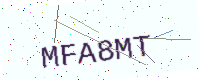
Text: MFA8MT